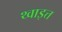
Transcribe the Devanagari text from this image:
थ्वाइत्त